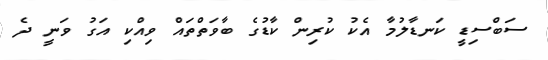
ސަބްސިޑީ ކަނޑާލުމާ އެކު ކުރިން ކާޑުގެ ބާވަތްތައް ވިއްކި އަގު ވަނީ ދެ